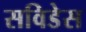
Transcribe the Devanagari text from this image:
सविडेस